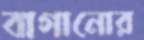
বাগানোর